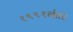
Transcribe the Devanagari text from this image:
१९९१नंतर